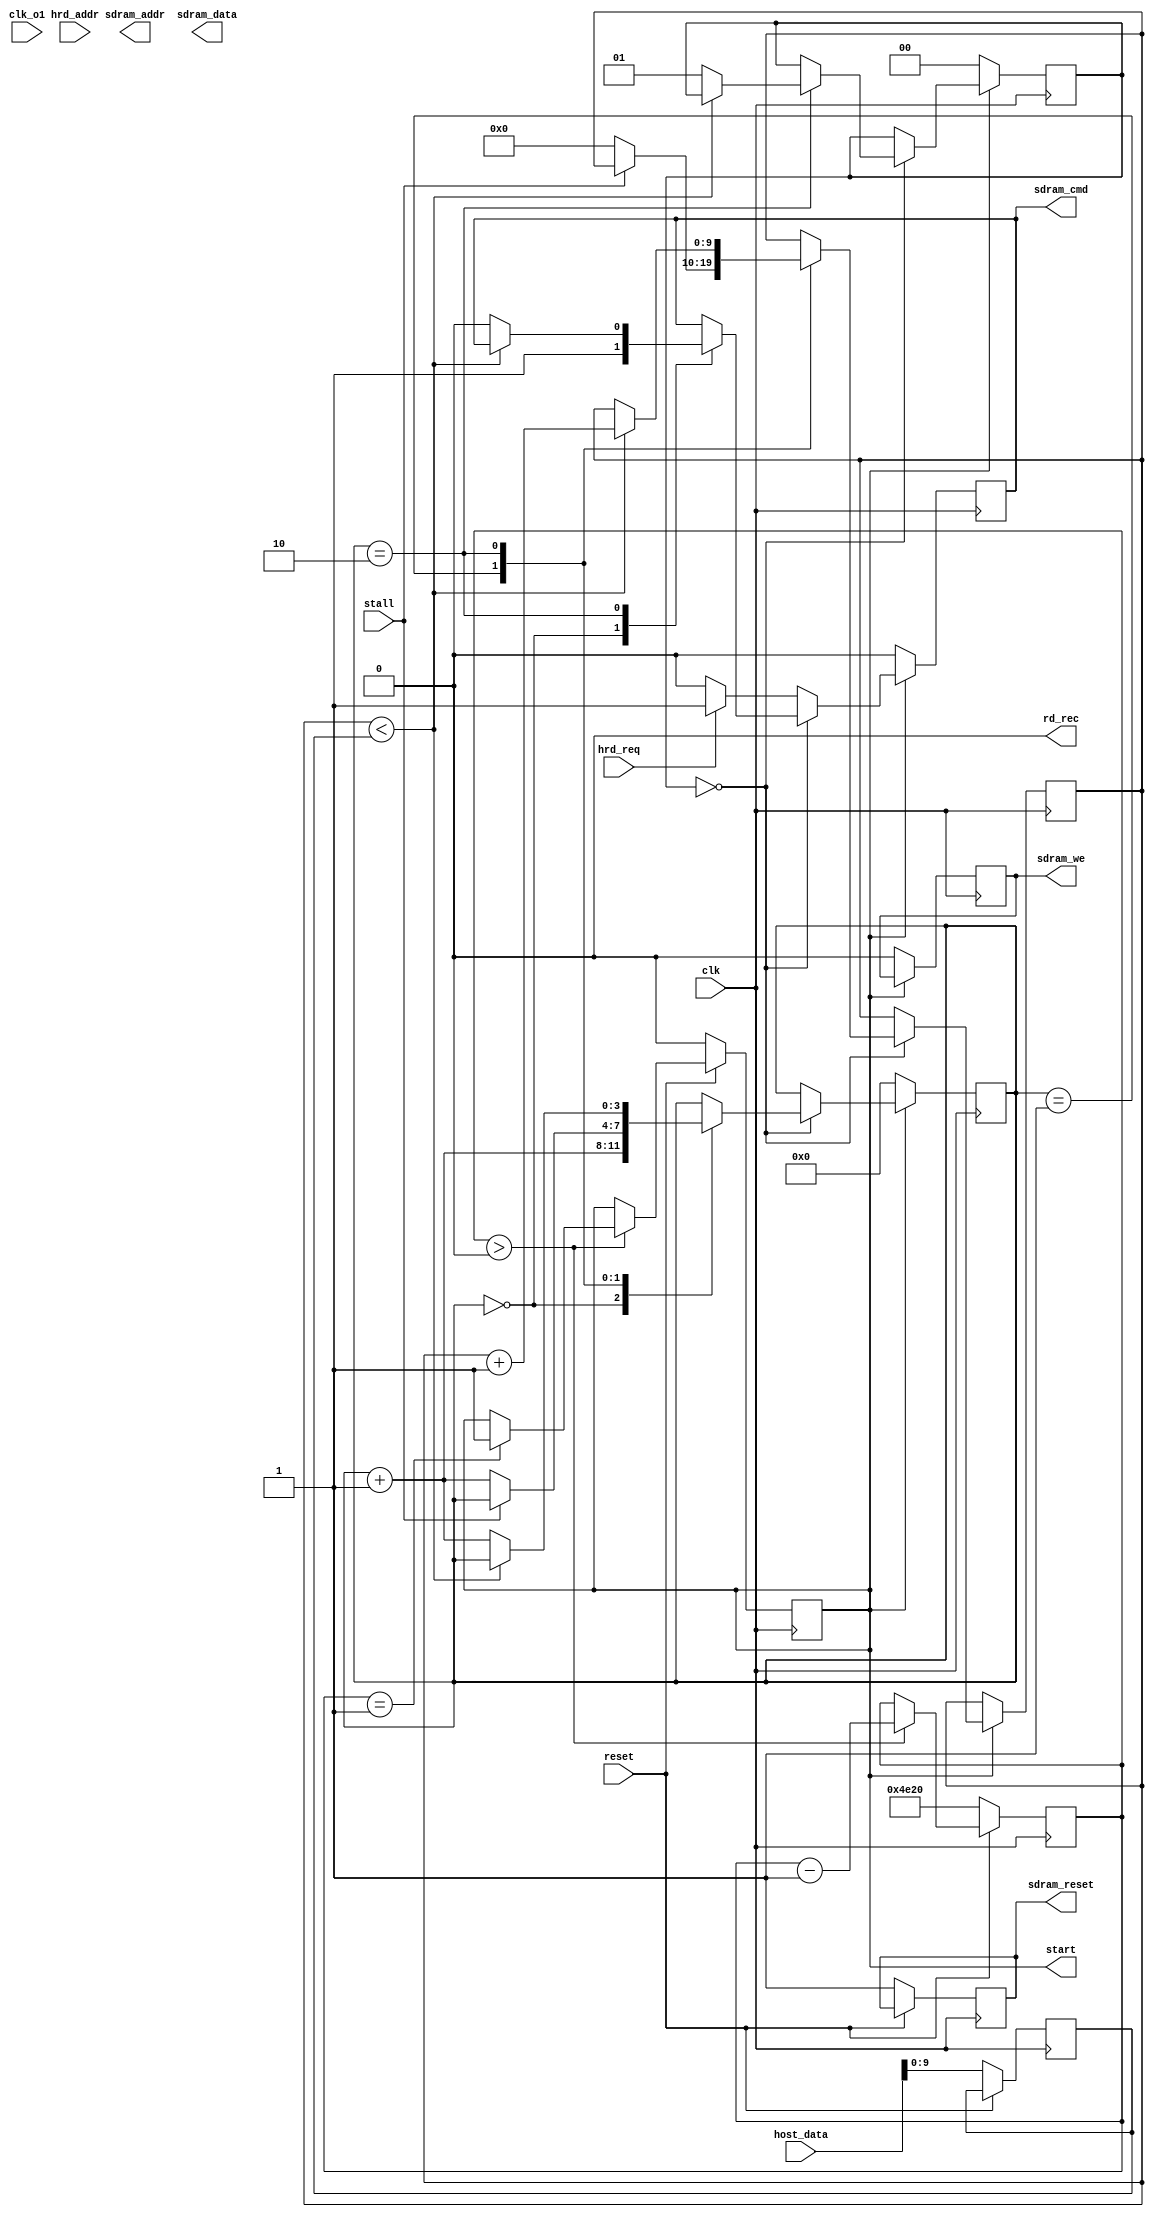
module adc_sdram_master_v2 
   (
      input clk,
      input reset,
      input stall,
      input clk_o1,
      input hrd_req,
      input [23:0] hrd_addr,
      input [15:0] host_data,

      output reg sdram_reset = 0,
      output reg sdram_we,
      output reg sdram_cmd,   
      output [23:0] sdram_addr,
      output [15:0] sdram_data,
      
      output rd_rec,
      output reg start=0
	);

   //parameter  DATA_LEN = 128;
   reg wr_data_en = 0;
   reg rd_data_en = 0;
   reg [3:0] state;
   reg [1:0] operation = 0;
   reg [9:0] data_count = 0;
   reg [9:0] data_len = 0;
   reg [15:0] res_count = 0; //4'd10;
	reg [15:0] wr_data = 0;
	reg [15:0] wr_circle_count = 0;
	reg [15:0] rd_circle_count = 0;
	reg [23:0] addr_count;
   
   localparam STATE_IDLE = 0;
	localparam STATE_WRITE = 1;
	localparam STATE_READ = 2;
   
   //----- Reset logic
	always @( posedge clk ) begin
		if( reset == 0 ) begin
         sdram_reset <= 1'b1;       // short reset sdram
         res_count <= 16'd20000;    // 200 mks
         start <= 0;
         data_len <= host_data[9:0];
      end else if( res_count > 0 ) begin
         res_count <= res_count - 1'b1;
         if ( res_count < 16'd19995 ) begin
            res_o <= 1'b0;
         end
         if( res_count == 16'd1 ) begin 
            start <= 1'b1;  // Start (sdram ready for test)
         end
      end
   end


	always @( posedge clk ) begin
      if ( start == 0 ) begin
         sdram_we <= 0;
         sdram_cmd <= 0;
         state <= 0;
         operation <= 0;
         wr_data <= 16'h0;
         wr_circle_count <= 16'd0;
         rd_circle_count <= 16'd0;
         addr_count<=24'd0;
		end
	else
      begin
         if( operation==2'd0 ) // write operation
            case (state)
            0:  // load data
            begin
                re_we<=1'b1;		// write
                sdram_cmd<=1'b1;		// start op
                state<=state+1'b1;
            end

            1: // wait for stall
            if(stall==0)
            begin
                state<=state+1'b1;
                data_count<=0;
                wr_data<=wr_data+1'b1;
            end

            2: // data send
            if(data_count<data_len)
                begin
                    data_count<=data_count+1'b1;
                    wr_data<=wr_data+1'b1;
                end
            else
            begin
                state<=state+1'b1;
                sdram_cmd<=1'b0;		// stop
                re_we<=1'b0;
                wr_data<=0;
                operation<=2'd1; // next operation Read
            end

            default:;
            endcase
//----------------- READ -------
			else if(hrd_req)
				begin
					re_we<=1'b0;		// read
					sdram_cmd<=1'b1;		// start op
				end
			else sdram_cmd<=1'b0;		// start op
        end
	end
 	assign addr=(hrd_req)? hrd_addr : addr_count;
	assign data=wr_data;
	assign rd_rec=rd_data_en;
endmodule